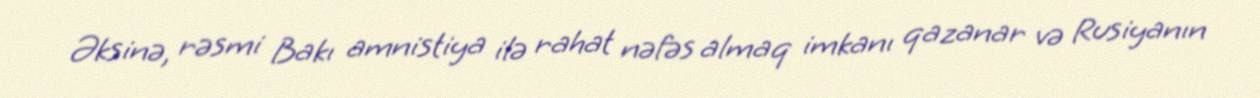
Əksinə, rəsmi Bakı amnistiya ilə rahat nəfəs almaq imkanı qazanar və Rusiyanın